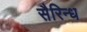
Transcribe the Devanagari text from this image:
सैरिन्ध